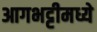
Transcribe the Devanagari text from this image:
आगभट्टीमध्ये